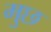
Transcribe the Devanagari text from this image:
मुछ